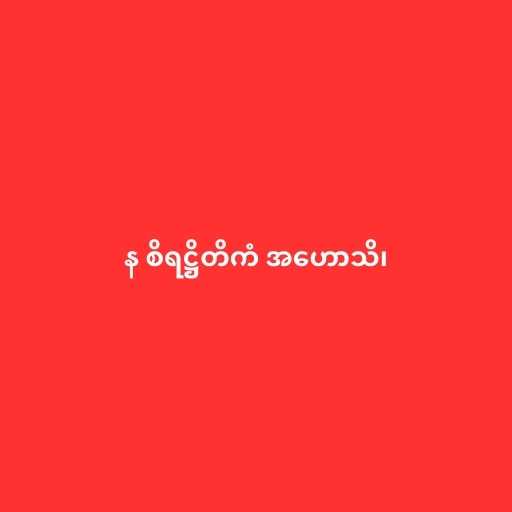
န စိရဋ္ဌိတိကံ အဟောသိ၊